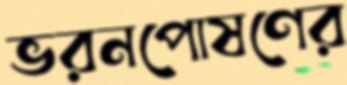
ভরনপোষণের